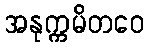
အနုက္ကမိတဝေ